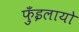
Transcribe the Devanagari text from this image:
फ़ुँइलायो